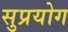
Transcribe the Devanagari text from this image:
सुप्रयोग